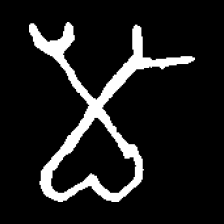
Pyu character \u2014 Myanmar letter: မ (romanized: ma)